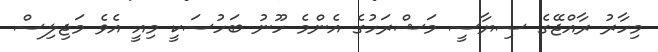
މިހާރު ރާއްޖޭގެ ސިޔާސީ މަޝްރަހުގެ އެންމެ ހޫނު ބަހުސަކީ މިއީ އެވެ މަޖިލިސް